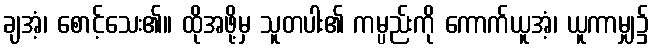
ချအံ့၊ စောင့်သေး၏။ ထိုအဖို့မှ သူတပါး၏ ကမ္ပည်းကို ကောက်ယူအံ့၊ ယူကာမျှ၌